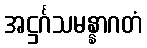
အဋ္ဌင်္ဂသမန္နာဂတံ